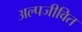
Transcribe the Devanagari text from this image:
अल्पजीवित